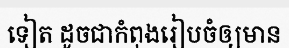
ទៀត ដូចជាកំពុងរៀបចំឲ្យមាន